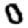
Digit: 0